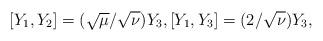
LaTeX: \begin{align*} [Y_1, Y_2] = (\sqrt{\mu} / \sqrt{\nu}) Y_3 , [Y_1, Y_3] = (2 / \sqrt{\nu}) Y_3 , \end{align*}